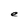
Character: e